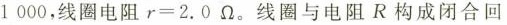
1000，线圈电阻$$r=2.0\Omega$$。线圈与电阻R构成闭合回